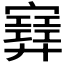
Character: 𡫳